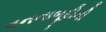
વનનાબૂદીની